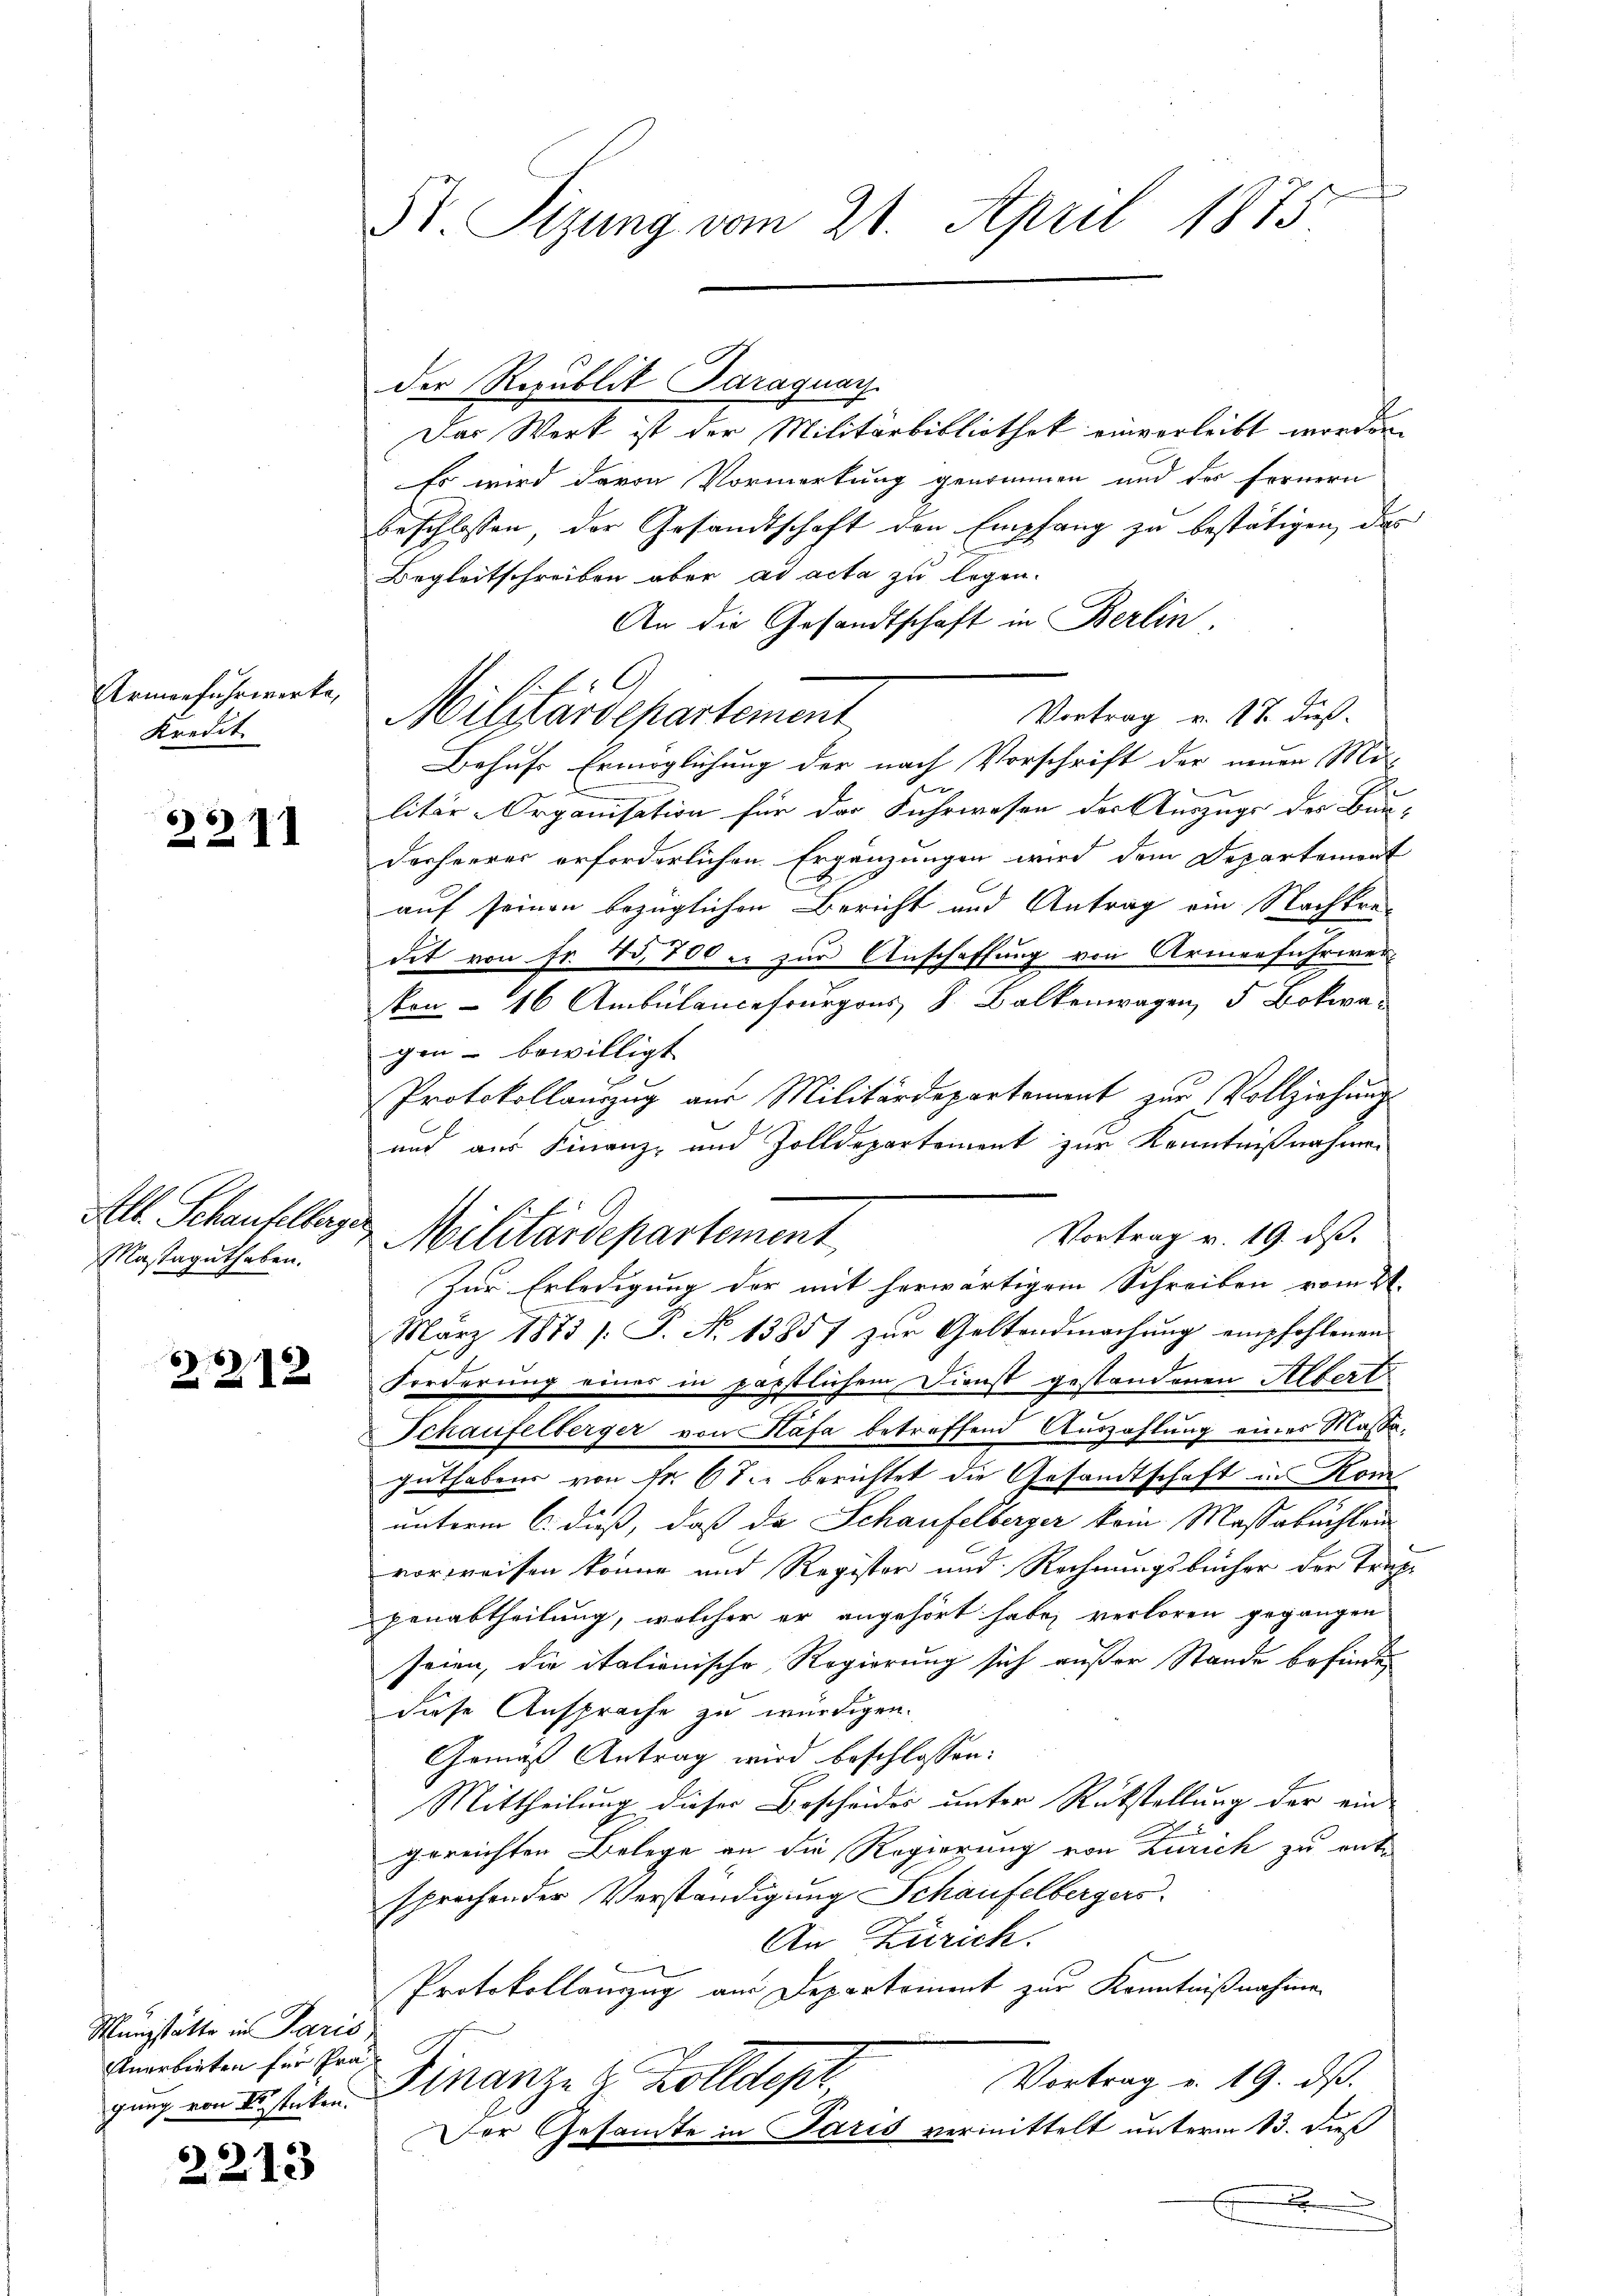
Armonfuhrwerke,
Kredit.

22. I

All. Schaufelberge
Massaguthaben.

318

Münzstätte in Paris
Anerbieten für Prä
gung von Estücken.

2213

51. Sizung vom 21. April 1875

Das Werk ist der Militärbibliothek einverleibt worden.
Es wird davon Vormerkung genommen und des fernern
beschlossen, der Gesandtschaft den Empfang zu bestätigen, das
Begleitschreiben aber ad acta zu legen.
An die Gesandtschaft in Berlin
Vortrag v. 17. dieß.
Behufs Ermöglichung der nach Vorschrift der neuen Mi-
x
litär-Organisation für der Fuhrwesen der Auszugs des Bun-
Dasheeres erforderlichen Ergänzungen wird dem Departemont
auf seinen bezüglichen Bericht und Antrag ein Nachkredit von Fr. 40, 800 er zur Anschaffung von Armenfuhrwerkon - 16 Ambulancefrurgons S. Balkenwagen, 5 Bokwagen – bewilligt
Protokollauszug aus Militärdepartement zŭr Vollziehŭngs
.
und aus Finanz- und Zolldepartement zur Kenntnißnahmen
Vortrag v. 19. ds.
Zur Erledigung der mit herwärtigem Schreiben vom 21.
März 1873 /: J. N. 13857 zur Geltendmachung empfohlenen
Forderung eines in päpstlichem Dienst gestandenen Albert
Schaufelberger von Stäfa betreffend Auszahlung eines Maßeguthaben von Fr. 67. berichtet die Gesandtschaft in Kom
unterm 6. dieß, daß da Schaufelberger kein Massabuchlein
vorweisen könne und Register und Rechnungsbücher der Treppenabtheilung, welcher er angehört habe, verloren gegangen
seien, die italionische Regierung sich außer Stande befinden
diese Ansprache zu würdigen.
Gemäß Antrag wird beschlossen:
Mittheilung dieser Bescheides unter Rükstellung der ein-
gereichten Belege an die Regierung von Zürich zu entsprochender Verständigung Schaufelbergers
An Zürich.
Protokollauszug am Departement zur Kenntnißnahme
Vortrag v. 19. ds.
Finanze & Zolldepr
Der Gesamte in Paris vermittelt unterm 13. dieß
x

Militärdepartement

Militärdepartement

der Republit Paraguay